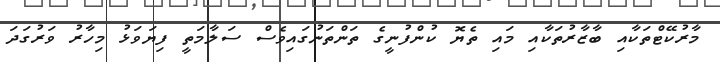
މާރުކޭޓްތަކާއި ބާޒާރުތަކާއި މައި ތެޔޮ ކުންފުނީގެ ތަންތަނުގައިވެސް ސަލާމަތީ ފިޔަވަޅު މިހާރު ވަރުގަދަ